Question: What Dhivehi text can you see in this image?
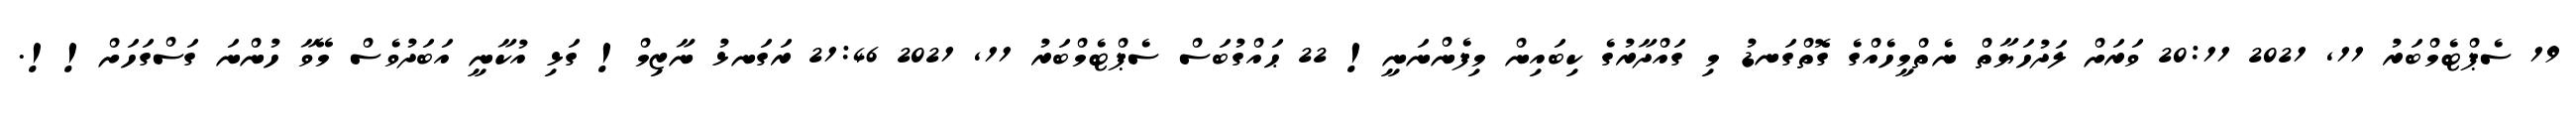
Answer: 19 ސެޕްޓެމްބަރު 11, 2021 20:11 ވަރަށް ލަދުހަޔާތް ނެތްމީހެއްގެ ގޮތްގަނޑު މި ގައްދާރުގެ ކިބައިން މިފެންނަނީ! 22 ޙައްގުބަސް ސެޕްޓެމްބަރު 11, 2021 21:46 ރަގަނޅު ނާޒިމް! ގަޅި އުކާނީ އަބަދުވެސް މޭވާ ހުންނަ ގަސްގަހަށް!!.